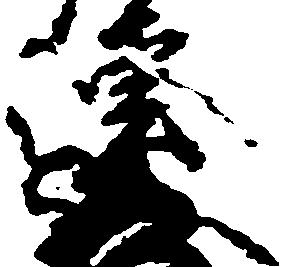
連